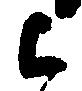
被